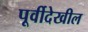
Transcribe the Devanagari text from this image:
पूर्वीदेखील